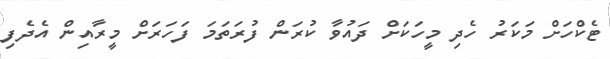
ޓެކްހަށް މަކަރު ހެދި މީހަކަށް ދައުވާ ކުރަން ފުރަތަމަ ފަހަރަށް މީރާއިން އެދެފި